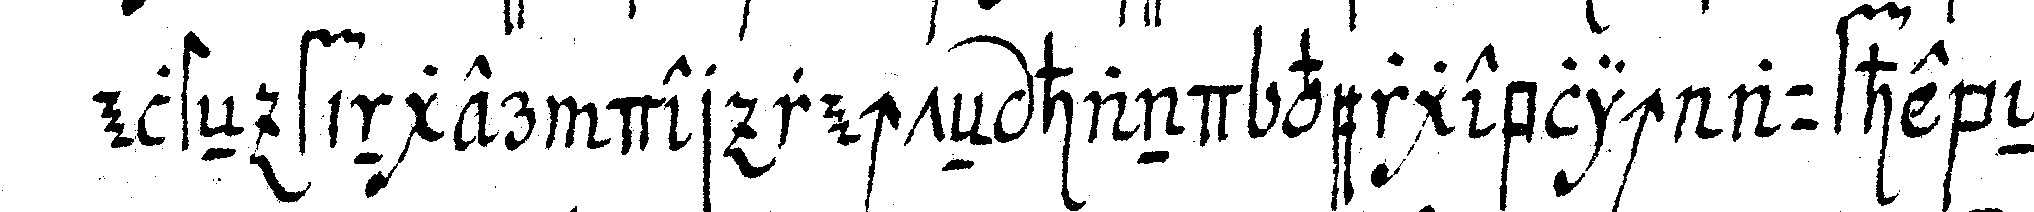
elsteN finger der rechteN hand vergeblich aufhebeN